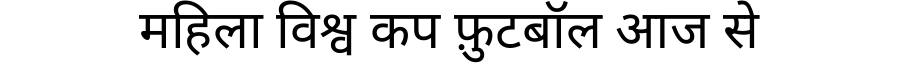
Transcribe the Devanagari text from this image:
महिला विश्व कप फ़ुटबॉल आज से